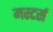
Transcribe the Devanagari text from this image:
मस्टर्स